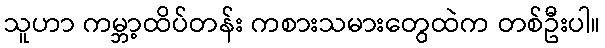
သူဟာ ကမ္ဘာ့ထိပ်တန်း ကစားသမားတွေထဲက တစ်ဦးပါ။